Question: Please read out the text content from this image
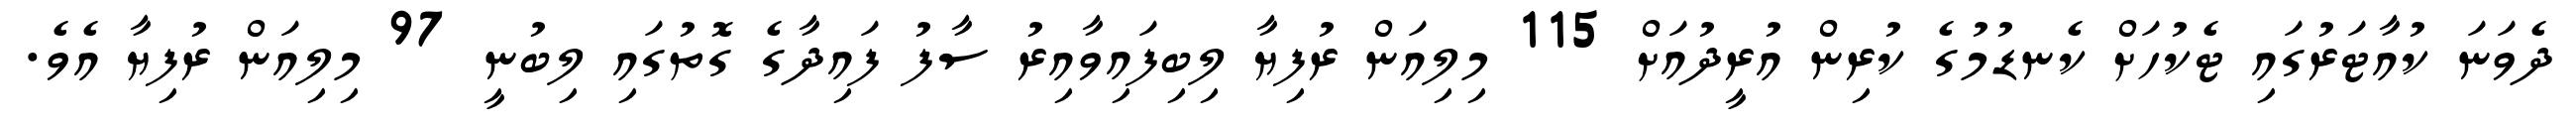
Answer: ދެވަނަ ކުއާޓަރުގައި ޓެކުހަށް ކެނޑުމުގެ ކުރިން އުރީދުއަށް 115 މިލިއަން ރުފިޔާ ލިބިފައިވާއިރު ސާފު ފައިދާގެ ގޮތުގައި ލިބުނީ 97 މިލިއަން ރުފިޔާ އެވެ.